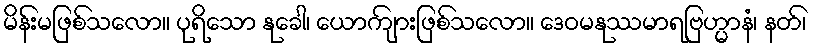
မိန်းမဖြစ်သလော။ ပုရိသော နုခေါ၊ ယောကျ်ားဖြစ်သလော။ ဒေဝမနုဿမာရဗြဟ္မာနံ၊ နတ်၊